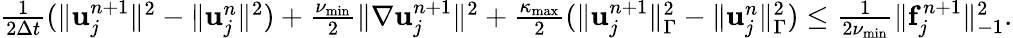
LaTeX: \begin{array}{r}{\frac{1}{2\Delta t}(\| {\mathbf u}_{j}^{n+1}\| ^{2}-\| {\mathbf u}_{j}^{n}\| ^{2})+\frac{\nu_{\operatorname*{min}}}{2}\| \nabla{\mathbf u}_{j}^{n+1}\| ^{2}+\frac{\kappa_{\operatorname*{max}}}{2}(\| {\mathbf u}_{j}^{n+1}\| _{\Gamma}^{2}-\| {\mathbf u}_{j}^{n}\| _{\Gamma}^{2})\le\frac{1}{2\nu_{\operatorname*{min}}}\| {\mathbf f}_{j}^{n+1}\| _{-1}^{2}.}\end{array}